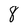
Character: 8